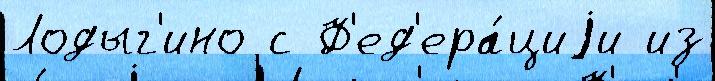
Лодыг'ино с Ф'ед'ера́циjи из